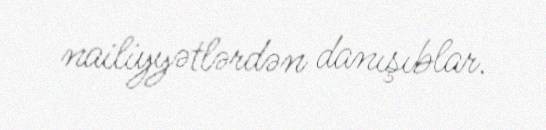
nailiyyətlərdən danışıblar.